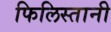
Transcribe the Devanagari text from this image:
फिलिस्तानी